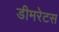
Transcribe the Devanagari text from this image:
डीमरेटस